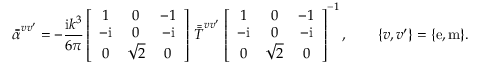
\bar { \bar { \alpha } } ^ { v v ^ { \prime } } = - \frac { \mathrm { i } k ^ { 3 } } { 6 \pi } \left[ \begin{array} { c c c } { 1 } & { 0 } & { - 1 } \\ { - \mathrm { i } } & { 0 } & { - \mathrm { i } } \\ { 0 } & { \sqrt { 2 } } & { 0 } \end{array} \right] \, \bar { \bar { T } } ^ { v v ^ { \prime } } \, \left[ \begin{array} { c c c } { 1 } & { 0 } & { - 1 } \\ { - \mathrm { i } } & { 0 } & { - \mathrm { i } } \\ { 0 } & { \sqrt { 2 } } & { 0 } \end{array} \right] ^ { - 1 } , \qquad \{ v , v ^ { \prime } \} = \{ \mathrm { e , m } \} .